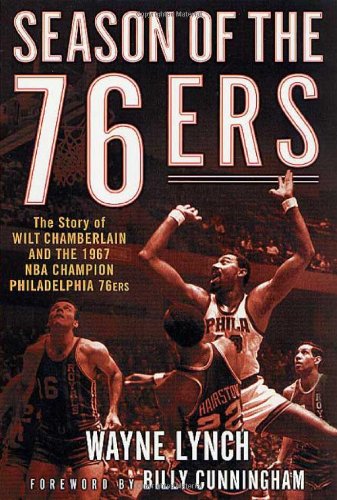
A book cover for Season of the 76ers: The Story of Wilt Chamberlain and the 1967 NBA Champion Philadelphia 76ers; Wayne Lynch; Sports & Outdoors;